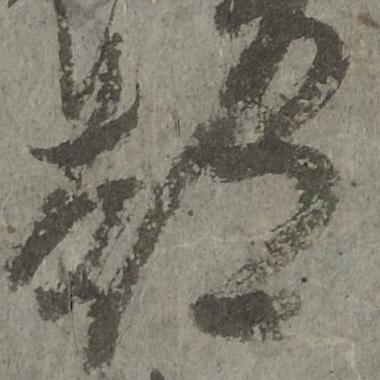
都